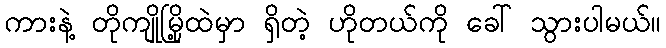
ကားနဲ့ တိုကျိုမြို့ထဲမှာ ရှိတဲ့ ဟိုတယ်ကို ခေါ် သွားပါမယ်။